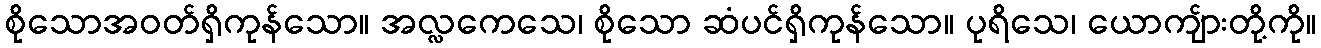
စိုသောအဝတ်ရှိကုန်သော။ အလ္လကေသေ၊ စိုသော ဆံပင်ရှိကုန်သော။ ပုရိသေ၊ ယောကျ်ားတို့ကို။